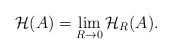
\begin{align*}\mathcal{H}(A)=\lim_{R\rightarrow0}\mathcal{H}_{R}(A).\end{align*}